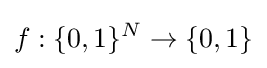
f:\{0,1\}^{N}\to \{0,1\}